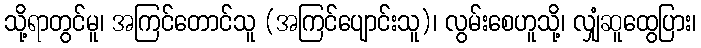
သို့ရာတွင်မူ၊ အကြင်တောင်သူ (အကြင်ပျောင်းသူ)၊ လွမ်းစေဟူသို့၊ လျှံဆူထွေပြား၊